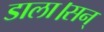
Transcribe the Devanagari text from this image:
डाला।सन्